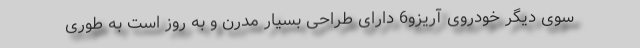
سوی دیگر خودروی آریزو6 دارای طراحی بسیار مدرن و به روز است به طوری